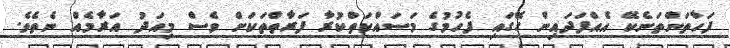
ފަހާތަންތަނެކޭ އެއްފަދައިން ގޭގައި ފެހުމުގެ މަސައްކަތްކުރާ ފަރާތްތަކަށް ވެސް މިއަދު އަރާމެއް ނެތެވެ.